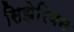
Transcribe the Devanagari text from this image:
सिझेरियन